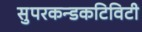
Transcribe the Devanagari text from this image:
सुपरकन्डकटिविटी